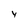
Character: y